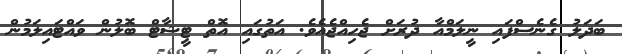
ބަދަލު ގެނެސްފައި ނީލަމްއާ ދުރަށް ޖެހިއްޖެއެވެ. އަތުގައި އޮތް ޓީޝާޓް ބޮލުން ވައްޓައިލަމުން